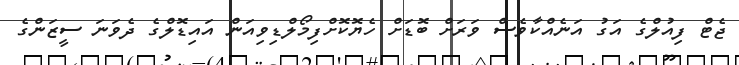
ޖެޓް ފިއުލްގެ އަގު އަނެއްކާވެސް ވަރަށް ބޮޑަށް ހެޔޮކޮށްފިމޯލްޑިވިއަން އައިޑޮލްގެ ދެވަނަ ސީޒަންގެ